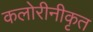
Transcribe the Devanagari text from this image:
कलोरीनीकृत